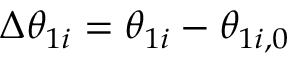
\Delta \theta _ { 1 i } = \theta _ { 1 i } - \theta _ { 1 i , 0 }